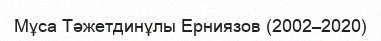
Мұса Тәжетдинұлы Ерниязов (2002–2020)